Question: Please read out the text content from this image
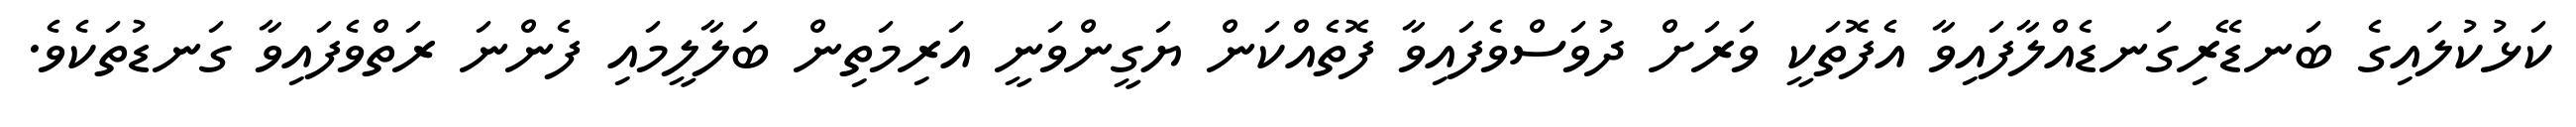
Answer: ކަޅުކުލައިގެ ބަނޑޭރިގަނޑެއްލާފައިވާ އެފޮތަކީ ވަރަށް ދުވަސްވެފައިވާ ފޮތެއްކަން ޔަގީންވަނީ އަރިމަތިން ބަލާލީމައި ފެންނަ ރަތްވެފައިވާ ގަނޑުތަކެވެ.